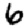
Digit: 6